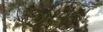
જીરવવા